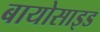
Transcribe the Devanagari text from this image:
बायोसाइड